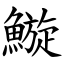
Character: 䲂